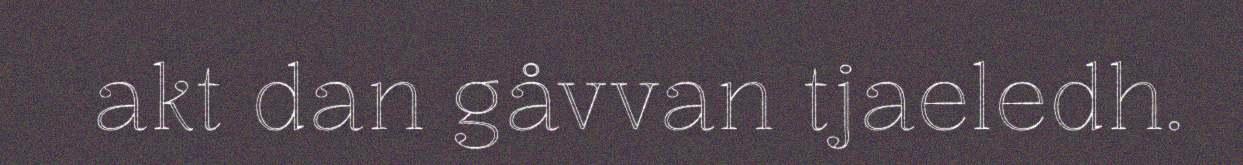
akt dan gåvvan tjaeledh.